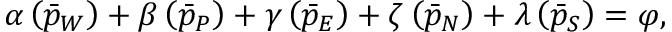
\begin{array} { r } { \boldsymbol { \alpha } \left( \Bar { p } _ { W } \right) + \boldsymbol { \beta } \left( \Bar { p } _ { P } \right) + \boldsymbol { \gamma } \left( \Bar { p } _ { E } \right) + \boldsymbol { \zeta } \left( \Bar { p } _ { N } \right) + \boldsymbol { \lambda } \left( \Bar { p } _ { S } \right) = \boldsymbol { \varphi } , } \end{array}